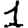
Digit: 1